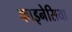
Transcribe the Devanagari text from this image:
काइनेसिया